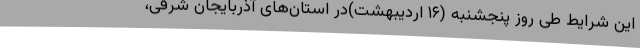
این شرایط طی روز پنجشنبه (۱۶ اردیبهشت)در استان‌های آذربایجان شرقی،